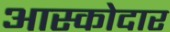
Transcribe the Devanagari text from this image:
आस्कोदार